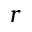
r